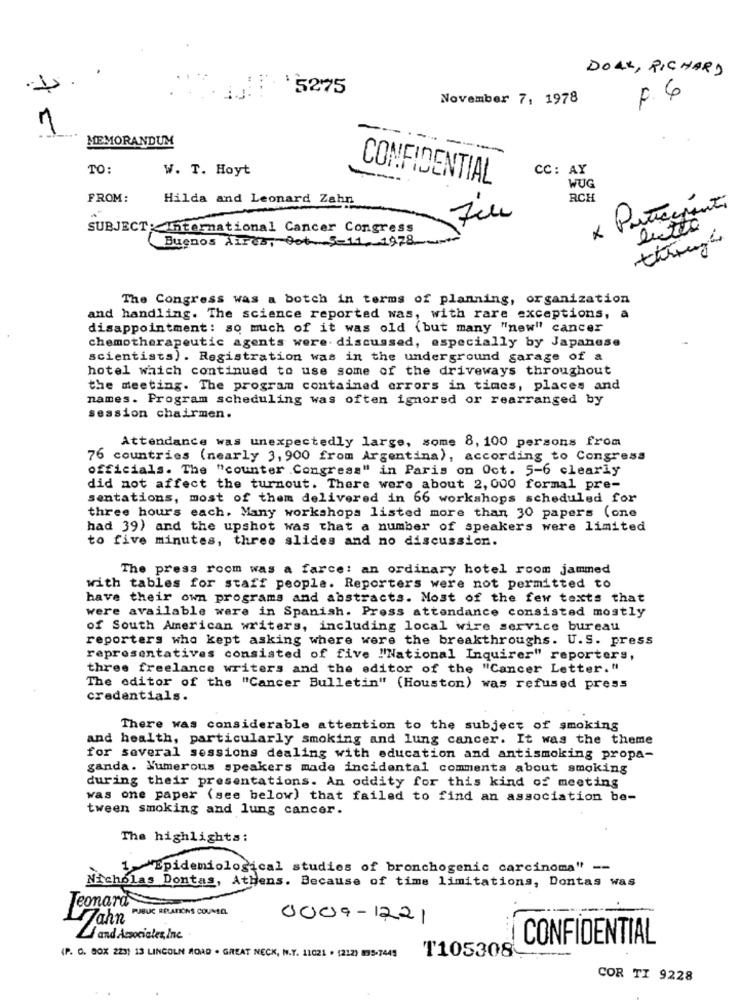
DOAK, RICHARD
$275
November 7, 1978
F. 6
-
MEMORANDUM
- --
TO:
W. T. Hoyt
CC: AY
CONFIDENTIAL
WUG
FROM:
Hilda and Leonard Zahn
RCH
* Partecipanti
file
SUBJECT:International Cancer Congress
lutto
Buenos Aires, Oot 5-11, 1978.
The Congress was a botch in terms of planning, organization
and handling. The science reported was, with rare exceptions, a
disappointment: so much of it was old (but many "new" cancer
chemotherapeutic agents were discussed, especially by Japanese
scientists). Registration was in the underground garage of a
hotel which continued to use some of the driveways throughout
the meeting. The program contained errors in times, places and
names. Program scheduling was often ignored or rearranged by
session chairmen.
Attendance was unexpectedly large, some 8, 100 persons from
76 countries (nearly 3, 900 from Argentina), according to Congress
officials. The "counter Congress" in Paris on Oct. 5-6 clearly
did not affect the turnout. There were about 2, 000 formal pre-
sentations, most of them delivered in 66 workshops scheduled for
three hours each. Many workshops listed more than 30 papers (one
had 39) and the upshot was that a number of speakers were limited
to five minutes, three slides and no discussion.
The press room was a farce: an ordinary hotel room jammed
with tables for staff people. Reporters were not permitted to
have their own programs and abstracts. Most of the few texts that
were available were in Spanish. Press attendance consisted mostly
of South American writers, including local wire service bureau
reporters who kept asking where were the breakthroughs. U.S. press
representatives consisted of five "'National Inquirer" reporters,
three freelance writers and the editor of the "Cancer Letter."
The editor of the "Cancer Bulletin" (Houston) was refused press
credentials.
There was considerable attention to the subject of smoking
and health, particularly smoking and lung cancer. It was the theme
for several sessions dealing with education and antismoking propa-
ganda. Numerous speakers made incidental comments about smoking
during their presentations. An oddity for this kind of meeting
was one paper (see below) that failed to find an association be-
tween smoking and lung cancer.
The highlights:
1-"Epidemiological studies of bronchogenic carcinoma" --
Nicholas Dontas, Athens. Because of time limitations, Dontas was
Teonara
PUBLIC RELATIONS COUMAIL.
Hahn
0009-1221
Li and Associates, Inc.
CONFIDENTIAL
(P. O. BOX 223) 13 LINCOLN ROAD . GREAT NECK, N.Y. 11021 . (212) 895-7445
T105308-
COR TI 9228